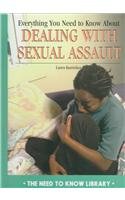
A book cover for Everything You Need to Know about Dealing with Sexual Assault (Need to Know Library); Laura Kaminker; Teen & Young Adult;